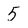
Character: 5